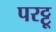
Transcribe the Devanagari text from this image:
परट्टू